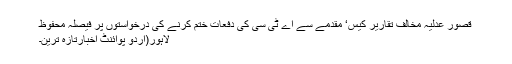
قصور عدلیہ مخالف تقاریر کیس‘ مقدمے سے اے ٹی سی کی دفعات ختم کرنے کی درخواستوں پر فیصلہ محفوظ
لاہور(اُردو پوائنٹ اخبارتازہ ترین۔